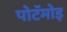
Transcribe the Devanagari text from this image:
पोटॅमोइ